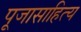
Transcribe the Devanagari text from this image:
पूजासाहित्य